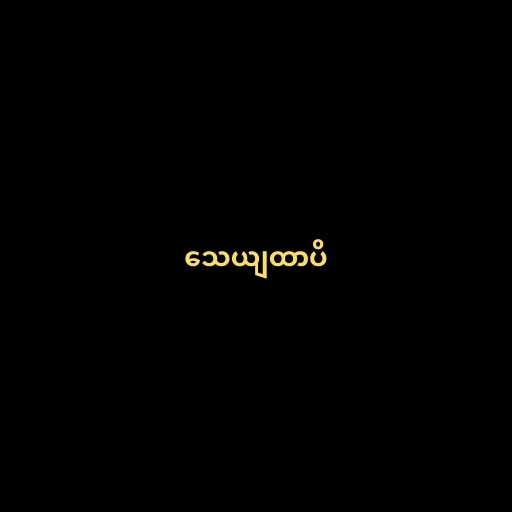
သေယျထာပိ